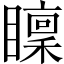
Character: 𥋶